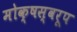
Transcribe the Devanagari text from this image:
मोक्षस्वरूप